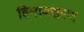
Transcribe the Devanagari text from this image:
हिमावसरण